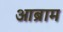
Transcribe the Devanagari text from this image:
आब्राम